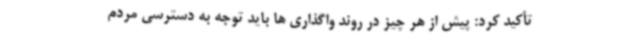
تأکید کرد: پیش از هر چیز در روند واگذاری ها باید توجه به دسترسی مردم